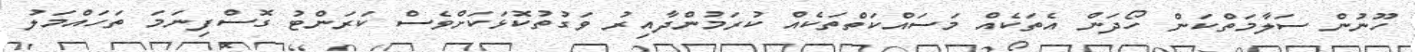
ހޫނުން ސަލާމަތްކަން ހޯދަން އެތަކެއް މަސައްކަތްތަކެއް ކުރަމުންދާއިރު ވަގުތުކޮޅަކަށްވެސް ކަރަންޓު ގޮސްފިނަމަ ތަހައްމަލު